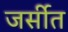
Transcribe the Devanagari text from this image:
जर्सीत